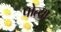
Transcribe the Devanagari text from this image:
पोत्या